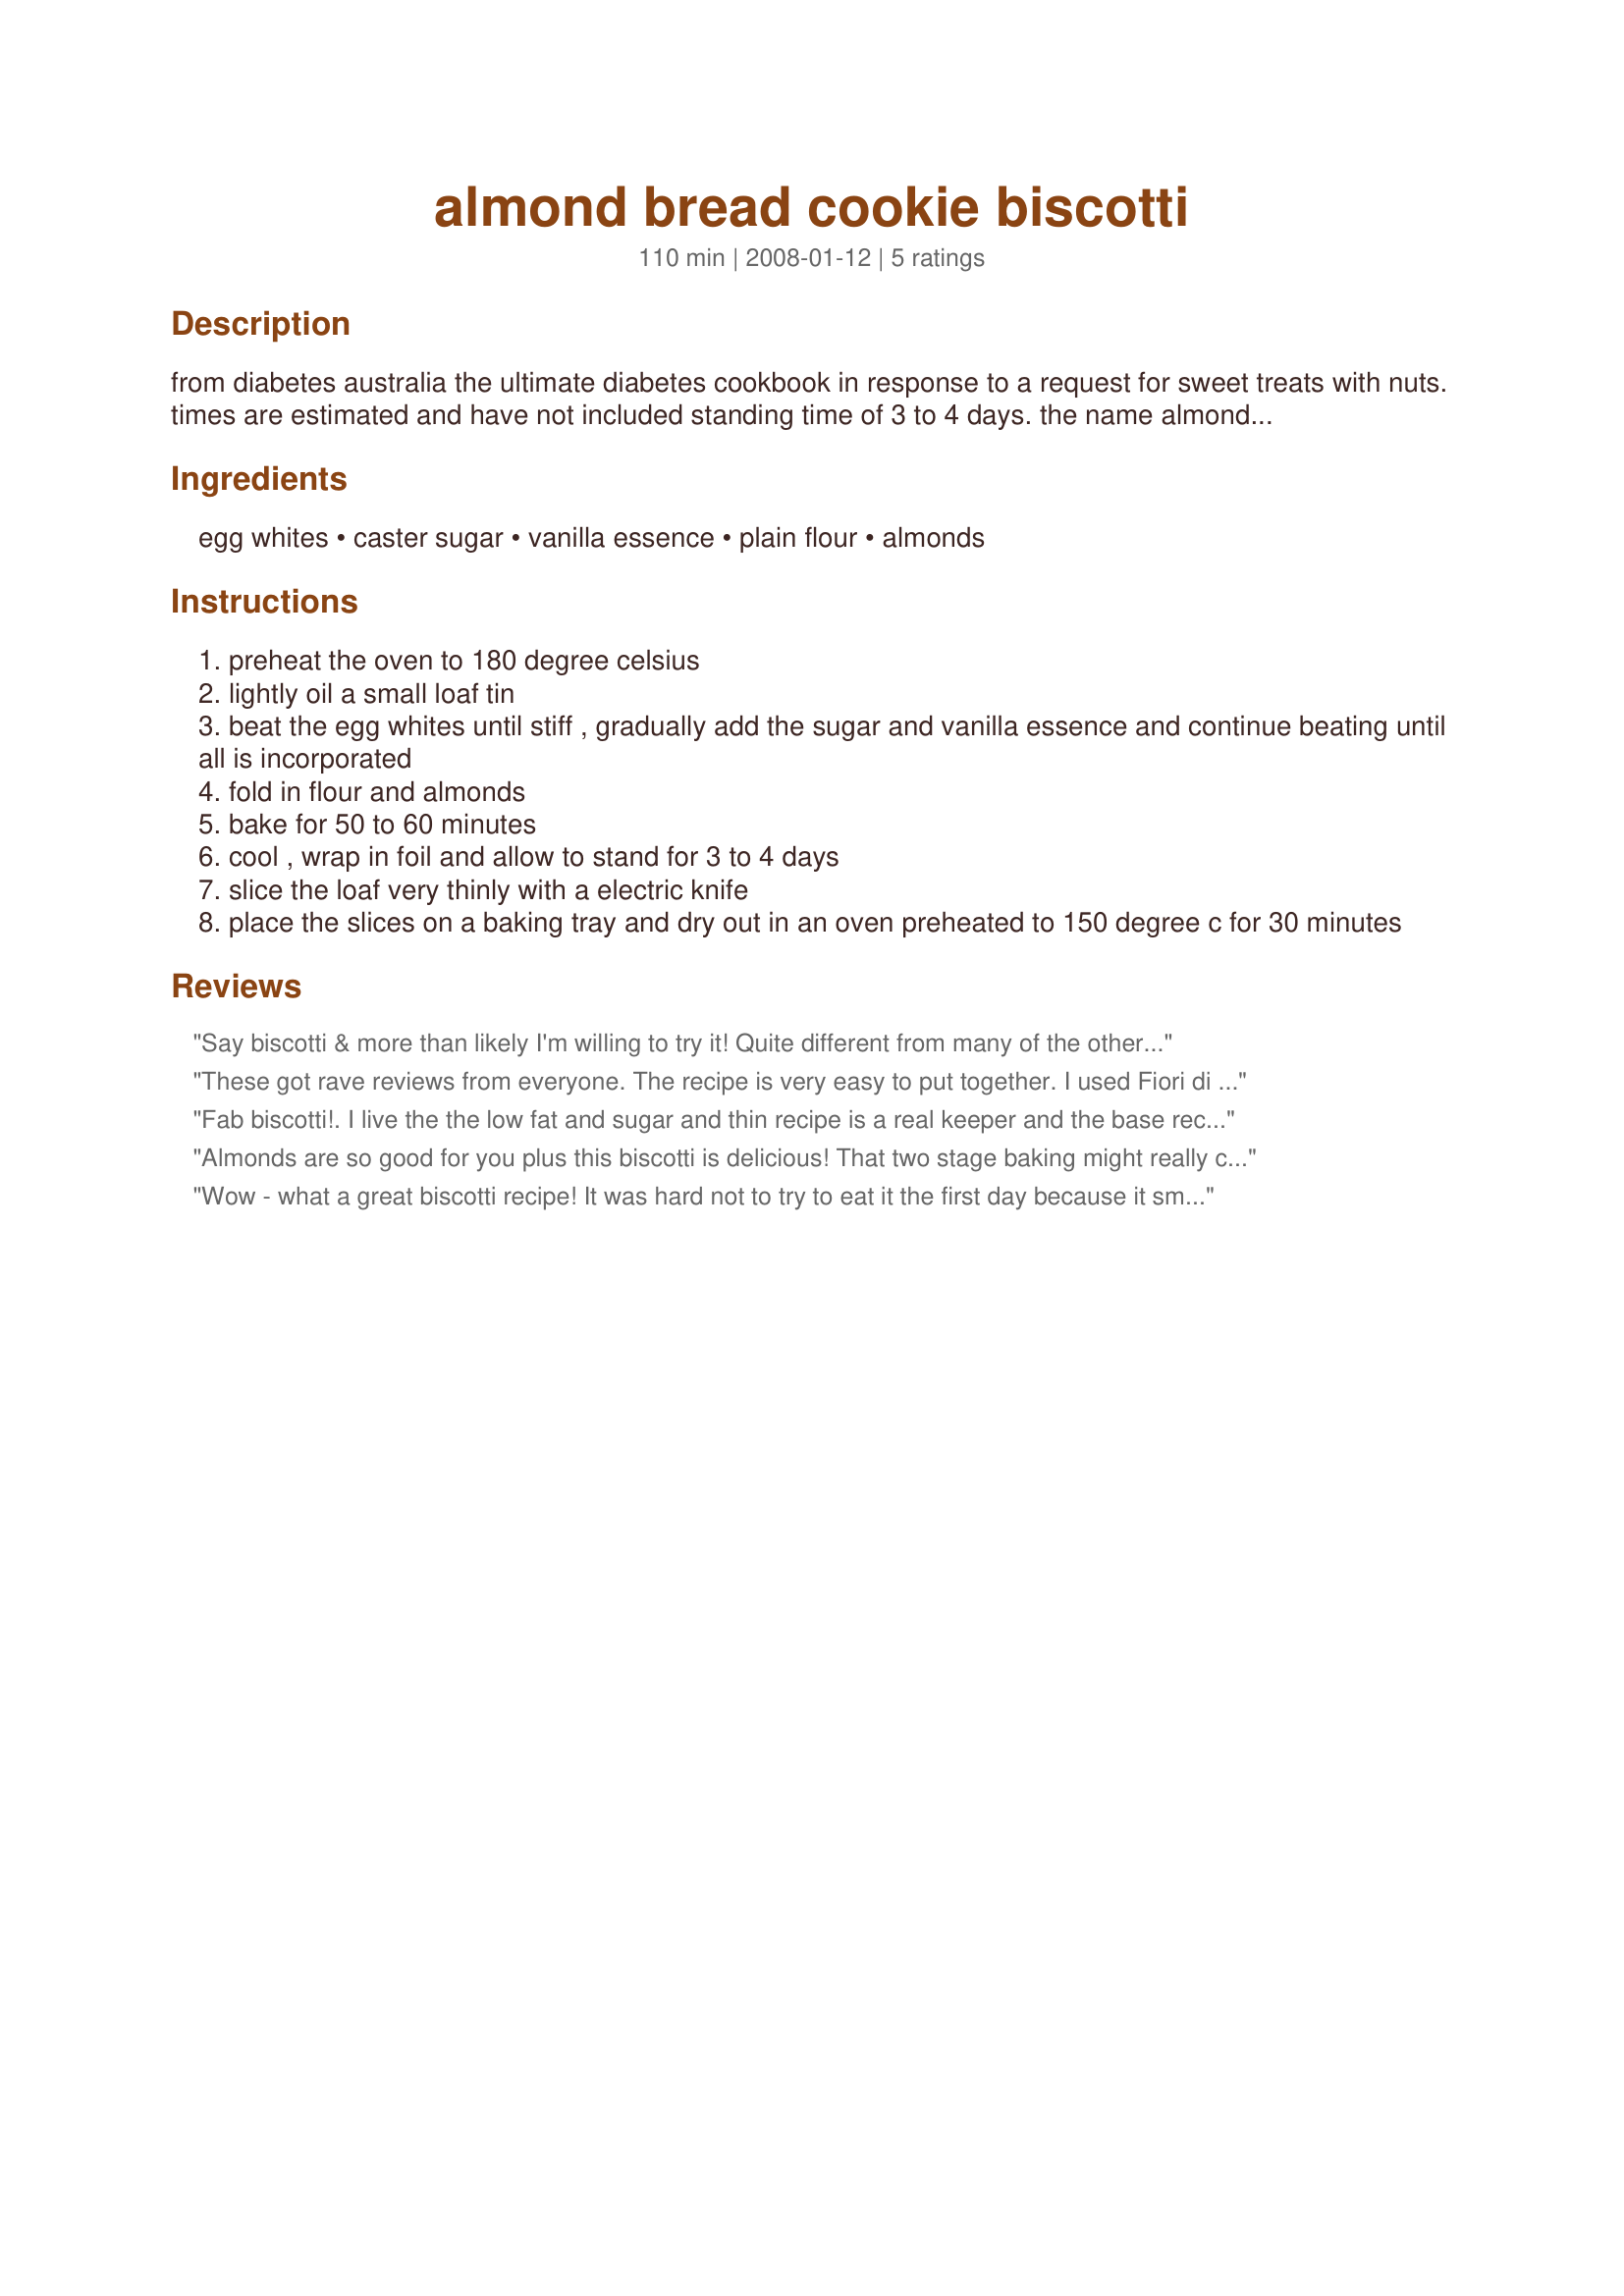
almond bread cookie biscotti
Preparation time: 110 minutes

from diabetes australia the ultimate diabetes cookbook in response to a request for sweet treats with nuts. times are estimated and have not included standing time of 3 to 4 days. the name almond bread is a bit of a misnomer so have changed the title 30/4/2008.

Ingredients:
egg whites, caster sugar, vanilla essence, plain flour, almonds

Steps:
preheat the oven to 180 degree celsius
lightly oil a small loaf tin
beat the egg whites until stiff , gradually add the sugar and vanilla essence and continue beating until all is incorporated
fold in flour and almonds
bake for 50 to 60 minutes
cool , wrap in foil and allow to stand for 3 to 4 days
slice the loaf very thinly with a electric knife
place the slices on a baking tray and dry out in an oven preheated to 150 degree c for 30 minutes

Reviews:
Say biscotti & more than likely I'm willing to try it! Quite different from many of the other ones I've made, but VERY TASTY, just the same! I did use toasted pecans for this batch, & will be making them again! Thanks for the post! [Made & reviewed as a kidnapped recipe in the Aus/NZ Recipe Swap #20]
These got rave reviews from everyone. The recipe is very easy to put together. I used Fiori di Sicilia for the vanilla essence which added a touch of citrus. The previous reviews helped immensely. Made for *Aussie Swap*
Fab biscotti!. I live the the low fat and sugar and thin recipe is a real keeper and the base recipe will be very adaptable whatever I&#039;m I&#039;m the mood to add in. I used finely sliced almonds because I don&#039;t like to bite into whole almonds. I can&#039;t wait to try them with honeyed peanuts! Thanks for this one Pat. :D
Almonds are so good for you plus this biscotti is delicious! That two stage baking might really come in handy for busy people who need to bring treats to work. What a wonderful use for egg whites. I appreciated using HokiesLady review for conversions-350 degrees for first round and 300 degrees for second stage. 90 g flour = 3/4 cup plus 2 tablespoons, and 90 g almonds=1 cup. I used honey roasted slivered almonds ( always have them around) so that is why the photo looks like it has more texture. I do not have an electric knife so that is why mine looks a bit jagged. Next time I will bake them 5 minutes longer during the second stage to get them more brown. Thanks for sharing ImPat.
Wow - what a great biscotti recipe! It was hard not to try to eat it the first day because it smelled so delicious. I waited 2 1/2 days before I had to give in and bake the slices. It is wonderful with a nice big mug of coffee! For those in the US and needing conversion: Oven 350F for the first round.. 90 g flour = 3/4 c plus 2 tbls and 90 g almonds = 1 cup. For last baking oven should be set at 300F. Thanks Chef Potts for a terrific recipe! Tagged in Newest Zaar Tag May 2008
